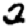
Digit: 2